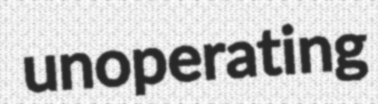
unoperating